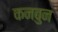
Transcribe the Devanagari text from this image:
कनबुन